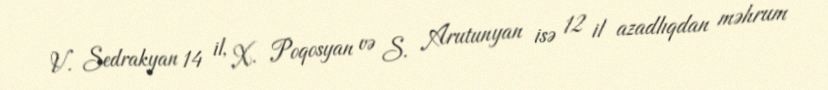
V. Sedrakyan 14 il, X. Poqosyan və S. Arutunyan isə 12 il azadlıqdan məhrum